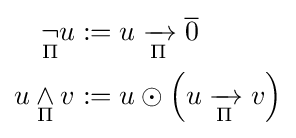
{\begin{aligned}{\underset {\Pi }{\neg }}u&:=u\mathrel {\xrightarrow[{\Pi }]{}} {\overline {0}}\\u\mathbin {\underset {\Pi }{\wedge }} v&:=u\odot \left(u\mathrel {\xrightarrow[{\Pi }]{}} v\right)\end{aligned}}